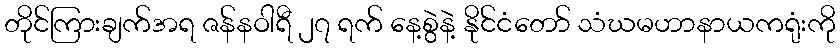
တိုင်ကြားချက်အရ ဇန်နဝါရီ ၂၇ ရက် နေ့စွဲနဲ့ နိုင်ငံတော် သံဃမဟာနာယကရုံးကို